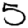
Digit: 5